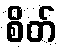
စိတ်